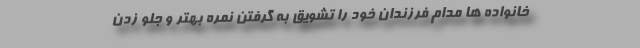
خانواده ها مدام فرزندان خود را تشویق به گرفتن نمره بهتر و جلو زدن